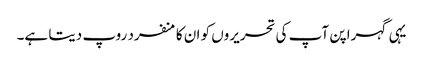
یہی گہرا پن آپ کی تحریروں کو ان کا منفرد روپ دیتا ہے۔